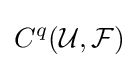
C^{q}({\mathcal {U}},{\mathcal {F}})